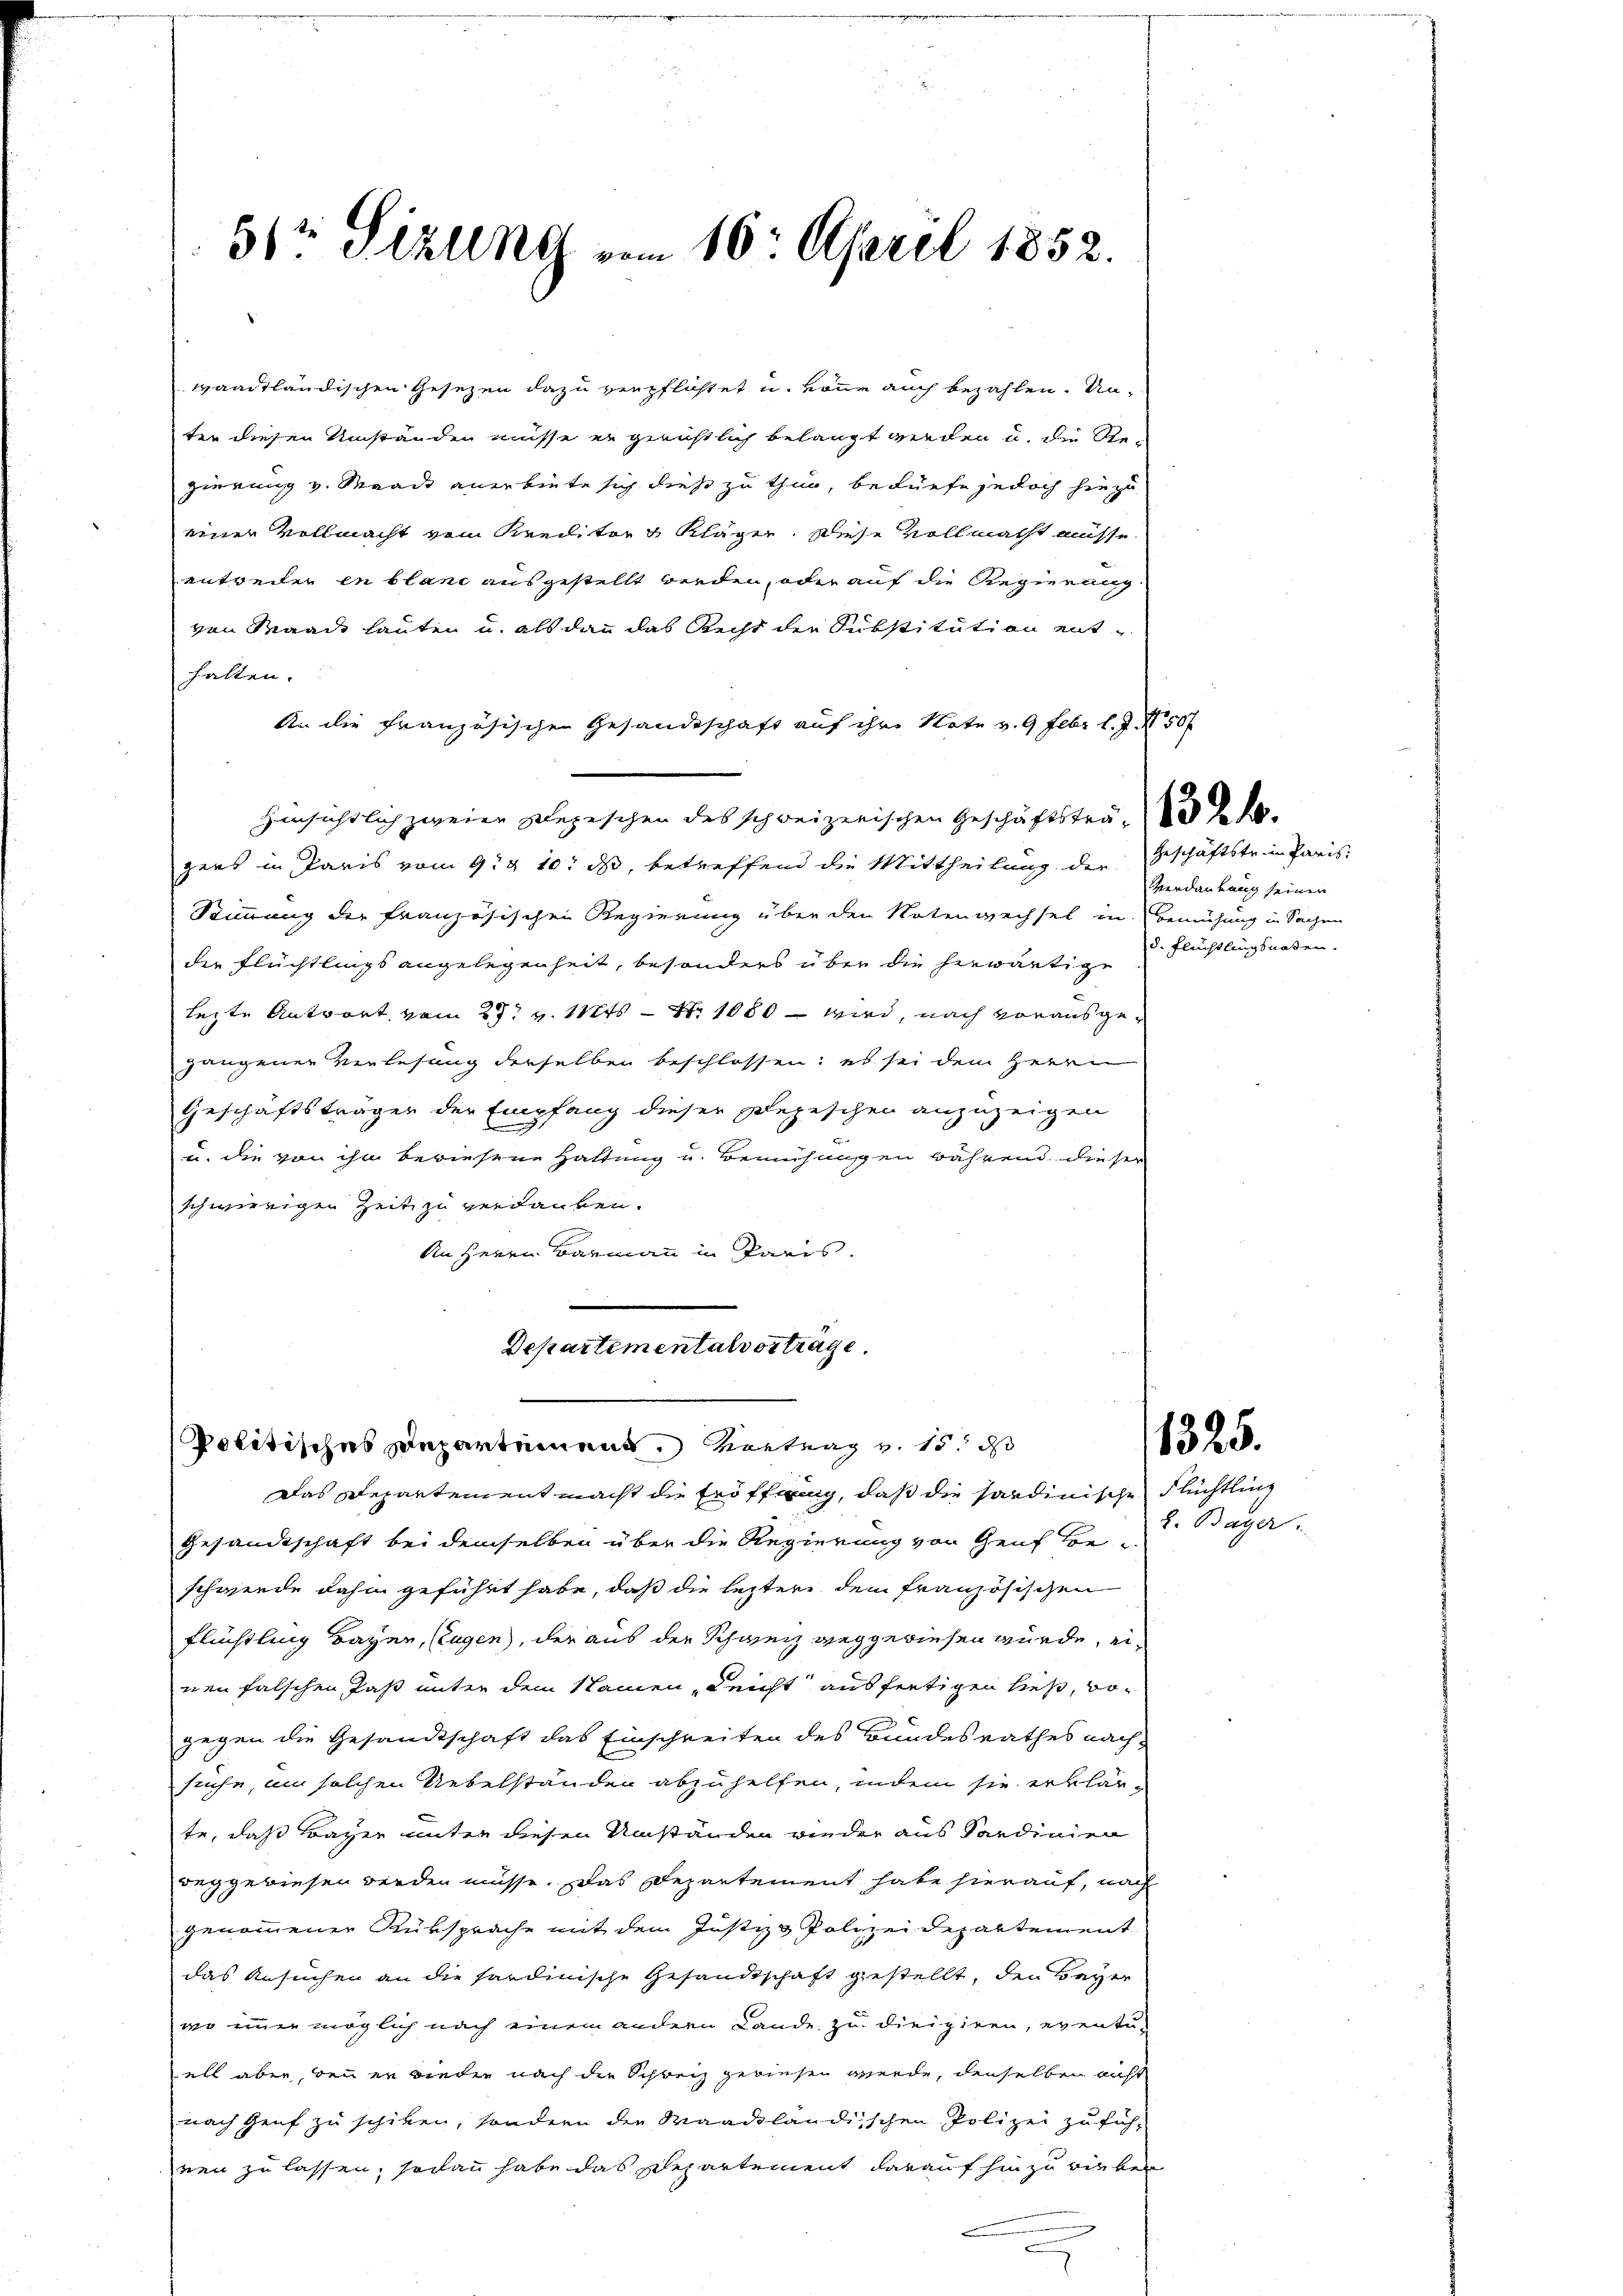
51 Sizung vom 10. April 1852.

waadtländischen Gesetzen dazu verpflichtet u. könne auch bezahlen. Unter diesen Umständen müsse er gerichtlich belangt werden u. die Regierung v. Maack anerbiete sich diese zu thun, bedürfe jedoch hiezu
einer Vollmacht vom Kreilitor & Kläger. Wiese vollmacht müsse.
entweiler in blanc ausgestellt werden, oder auf die Regierung
von Waadt lauten u. als dan das Recht der Substitution enthalten.
An die französischen Gesandtschaft auf ihre Note v. 9 Febr l. J. N 50 f
Hinsichtlich zweier Depeschen des schweizerischen Geschäftsträ-
gens in Paris vom 9. & 10. ds, betreffend die Mittheilung der Geschäftstrein Paris
Stimmung der französischen Regierung über den Notenwechsel in Bemühung in Sachen
der Flüchtlings angelegenheit, besonders über die herwärtige
lezte Antwort vom 25t v. 112ts - Nr. 1080 – wird, nach vorausgegangener Verlesung derselben beschlossen; es sei dem Herrn
Geschäftsträger der Empfang dieser Depeschen anzuzeigen
u. die von ihm bewiesene Haltung u. Bemühungen während dieser
schwierigen Zeit zu verdanken.
An Herrn Barmann in Paris.

Departementalvorträge.
.
politisches Departement. Vortrag v. 15. ds

Das Departement macht die Eröffnung, daß die hardinische Flüchtling
Gesandtschaft bei demselben über die Regierung von Genf Be- Bayer
schwerde dahin geführt habe, daß die leztere dem französischen
Flüchtling Bayer, Eugen, der aus der Schweiz weggewiesen würde, einen falschen Jas unter dem Namen, Leicht ausfertigen ließ, vogegen die Gesandtschaft das Einschreiten des Bundesrathes nachstühe, an solchen Uebelständen abzuhelfen, indem sie erklär-
te, daß Bayer unter diesen Umständen wieder aus Sardinien
weggewiesen werden müsse. Das Departement habe hierauf, nach
genommener Rüksprache mit dem Justizs Polizeidepartement
das Ansuchen an die sardinische Gesandtschaft gestellt, den Bayer
wo immer möglich nach einem andern Lande zu dirigiren, eventuall aber, denn er wieder nach die Schweiz gewiesen werde, denselben nicht
nach Genf zu schiken, sondern der Maackländischen Polizei zu fühnen zu lassen, sodann habe das schepartement darauf hinzurieben
2

Verdautung seinen
d. Flüchtlingsnoten.

1325.